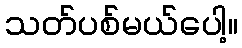
သတ်ပစ်မယ်ပေါ့။